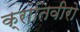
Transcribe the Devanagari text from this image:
क्रांतिवीरो